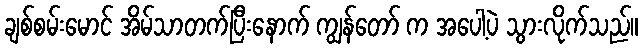
ချစ်စမ်းမောင် အိမ်သာတက်ပြီးနောက် ကျွန်တော် က အပေါ့ပဲ သွားလိုက်သည်။